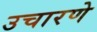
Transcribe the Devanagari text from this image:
उचारणे